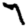
Digit: 7